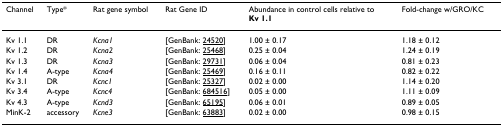
<table><thead><tr><td><b>Channel</b></td><td><b>Type*</b></td><td><b>Rat gene symbol</b></td><td><b>Rat Gene ID</b></td><td><b>Abundance in control cells relative toKv 1.1</b></td><td><b>Fold-change w/GRO/KC</b></td></tr></thead><tbody><tr><td>Kv 1.1</td><td>DR</td><td><i>Kcna1</i></td><td>[GenBank: 24520]</td><td>1.00 ± 0.17</td><td>1.18 ± 0.12</td></tr><tr><td>Kv 1.2</td><td>DR</td><td><i>Kcna2</i></td><td>[GenBank: 25468]</td><td>0.25 ± 0.04</td><td>1.24 ± 0.19</td></tr><tr><td>Kv 1.3</td><td>DR</td><td><i>Kcna3</i></td><td>[GenBank: 29731]</td><td>0.06 ± 0.04</td><td>0.81 ± 0.23</td></tr><tr><td>Kv 1.4</td><td>A-type</td><td><i>Kcna4</i></td><td>[GenBank: 25469]</td><td>0.16 ± 0.11</td><td>0.82 ± 0.22</td></tr><tr><td>Kv 3.1</td><td>DR</td><td><i>Kcnc1</i></td><td>[GenBank: 25327]</td><td>0.02 ± 0.00</td><td>1.14 ± 0.20</td></tr><tr><td>Kv 3.4</td><td>A-type</td><td><i>Kcnc4</i></td><td>[GenBank: 684516]</td><td>0.05 ± 0.00</td><td>1.11 ± 0.09</td></tr><tr><td>Kv 4.3</td><td>A-type</td><td><i>Kcnd3</i></td><td>[GenBank: 65195]</td><td>0.06 ± 0.01</td><td>0.89 ± 0.05</td></tr><tr><td>MinK-2</td><td>accessory</td><td><i>Kcne3</i></td><td>[GenBank: 63883]</td><td>0.02 ± 0.00</td><td>0.98 ± 0.15</td></tr></tbody></table>